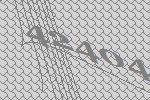
42404